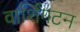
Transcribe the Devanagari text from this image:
वार्शिंगटन